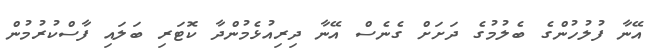
އޭނާ ފުލުހުންގެ ބެލުމުގެ ދަށަށް ގެނެސް އޭނާ ދިރިއުޅެމުންދާ ކޮޓަރި ބަލައި ފާސްކުރުމުން